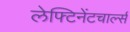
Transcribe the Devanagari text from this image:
लेफ्टिनेंटचार्ल्स